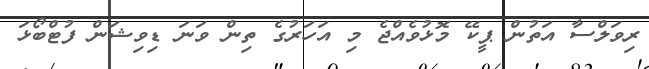
ރިވަލްސާ އަތުން ޕީކޭ މޮޅުވެއްޖެ މި އަހަރުގެ ތިން ވަނަ ޑިވިޝަން ފުޓްބޯޅަ